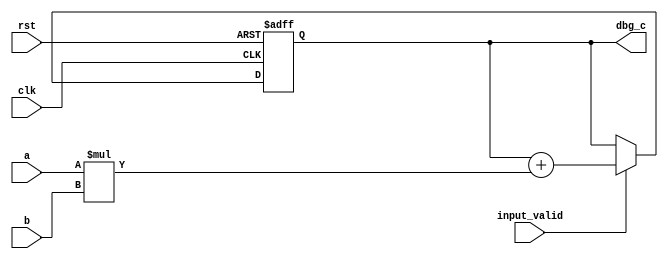
module pe(input clk,
          input         rst,

          input [31:0]  a,
          input [31:0]  b,

          input input_valid,

          output [31:0] dbg_c);

   reg [31:0]   c;
   
   always @(posedge clk or negedge rst) begin
      $display("a = ", a);
      $display("b = ", b);      

      if (!rst) begin
         c <= 0;
      end else if (input_valid) begin
         c <= c + a*b;
      end
   end

   assign dbg_c = c;

endmodule